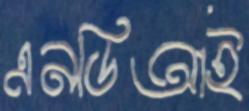
এনডিআই